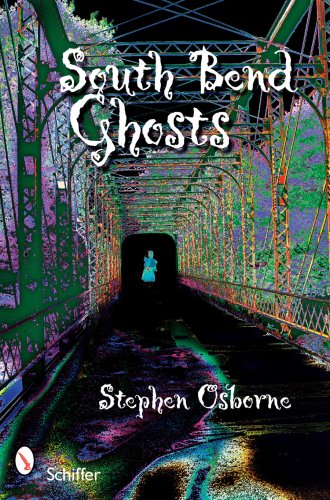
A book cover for South Bend Ghosts: And Other Northern Indiana Haunts; Stephen Osborne; Humor & Entertainment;